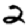
Digit: 2